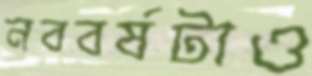
নববর্ষটাও